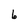
Character: 6